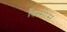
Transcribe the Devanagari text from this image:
विल्मोस